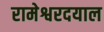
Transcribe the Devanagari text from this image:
रामेश्वरदयाल